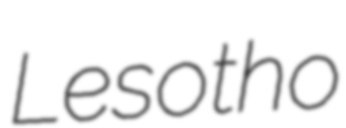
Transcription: Lesotho